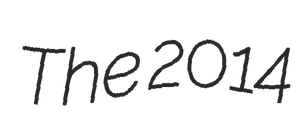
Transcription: The 2014